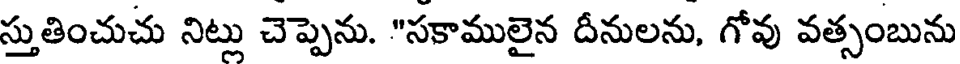
స్తుతించుచు నిట్లు చెప్పెను. "సకాములైన దీనులను, గోవు వత్సంబును